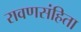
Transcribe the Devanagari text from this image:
रावणसंहिता